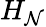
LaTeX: H_{\mathcal{N}}